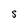
Character: s